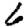
Digit: 6